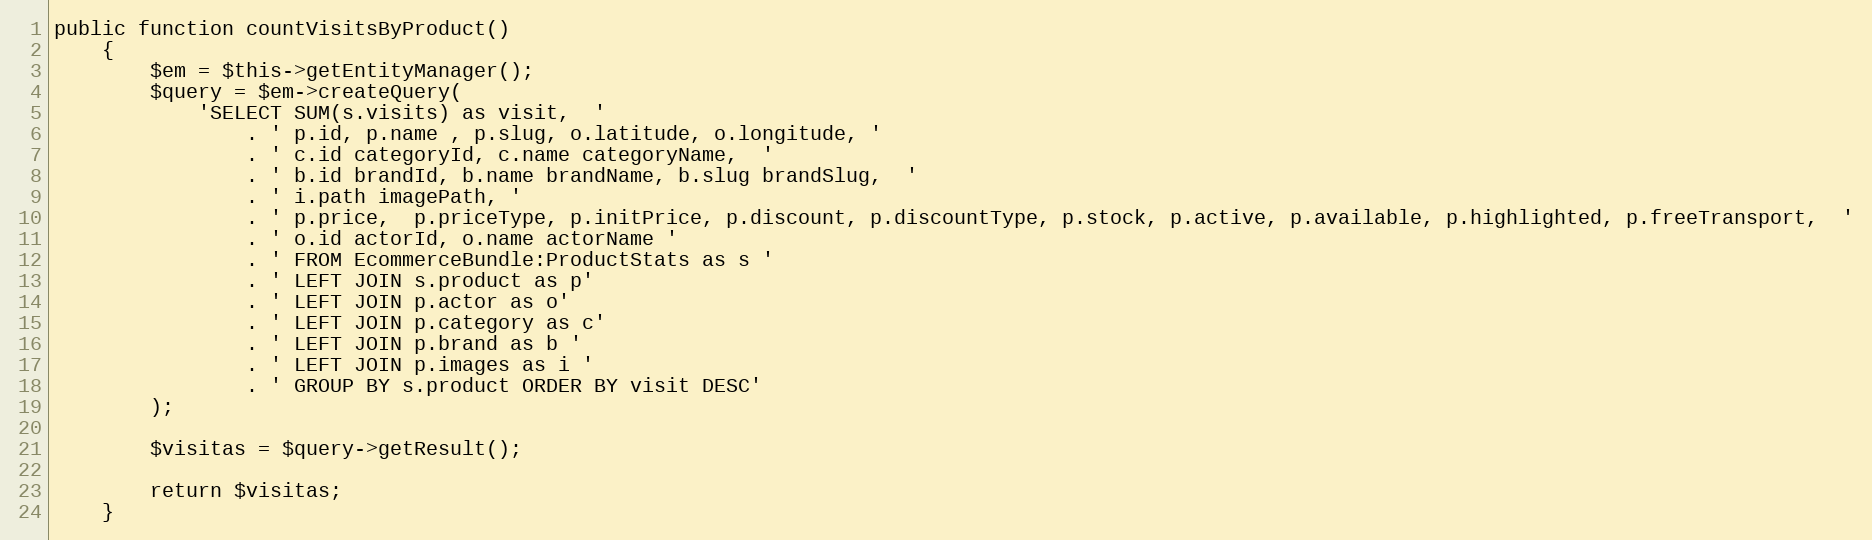
Language: PHP
public function countVisitsByProduct()
    {
        $em = $this->getEntityManager();
        $query = $em->createQuery(
            'SELECT SUM(s.visits) as visit,  '
                . ' p.id, p.name , p.slug, o.latitude, o.longitude, '
                . ' c.id categoryId, c.name categoryName,  '
                . ' b.id brandId, b.name brandName, b.slug brandSlug,  '
                . ' i.path imagePath, '
                . ' p.price,  p.priceType, p.initPrice, p.discount, p.discountType, p.stock, p.active, p.available, p.highlighted, p.freeTransport,  '
                . ' o.id actorId, o.name actorName '
                . ' FROM EcommerceBundle:ProductStats as s '
                . ' LEFT JOIN s.product as p'
                . ' LEFT JOIN p.actor as o'
                . ' LEFT JOIN p.category as c'
                . ' LEFT JOIN p.brand as b '
                . ' LEFT JOIN p.images as i '
                . ' GROUP BY s.product ORDER BY visit DESC'
        );

        $visitas = $query->getResult();

        return $visitas;
    }